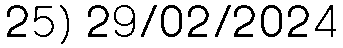
25) 29/02/2024